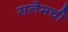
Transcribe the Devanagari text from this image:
सलेमची